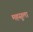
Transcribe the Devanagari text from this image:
महसुला